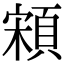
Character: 䫅